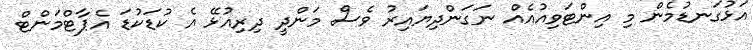
އަޅުގަނޑުމެން މި އިންޓަވިއުއެއް ނަގަންދިޔައިރު ވެސް މަންދީ ދިރިއުޅޭ އެ ކުޑަކުޑަ އެޕާޓްމަންޓް